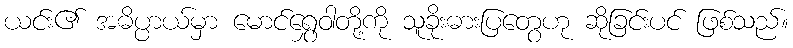
ယင်း၏ အဓိပ္ပာယ်မှာ မောင်ရွှေဝါတို့ကို သူခိုးဓားပြတွေဟု ဆိုခြင်းပင် ဖြစ်သည်။